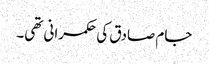
جام صادق کی حکمرانی تھی۔